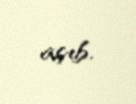
açıb.